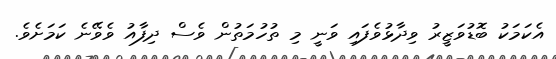
އެކަމަކު ބޮޑުވަޒީރު ވިދާޅުވެފައި ވަނީ މި ތުހުމަތުން ވެސް ދިފާއު ވެވޭނެ ކަމަށެވެ.